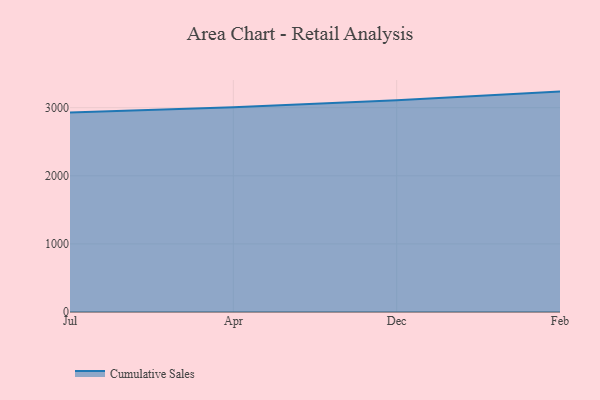
{"axis": {"x": "Month", "y": "Humidity (%)"}, "legend": ["Cumulative Sales"], "data": [{"x": "Jul", "y": 2930.8, "type": "Cumulative Sales"}, {"x": "Apr", "y": 3006.3, "type": "Cumulative Sales"}, {"x": "Dec", "y": 3110.4, "type": "Cumulative Sales"}, {"x": "Feb", "y": 3235.9, "type": "Cumulative Sales"}]}